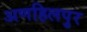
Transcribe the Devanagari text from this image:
अणहिलपुर